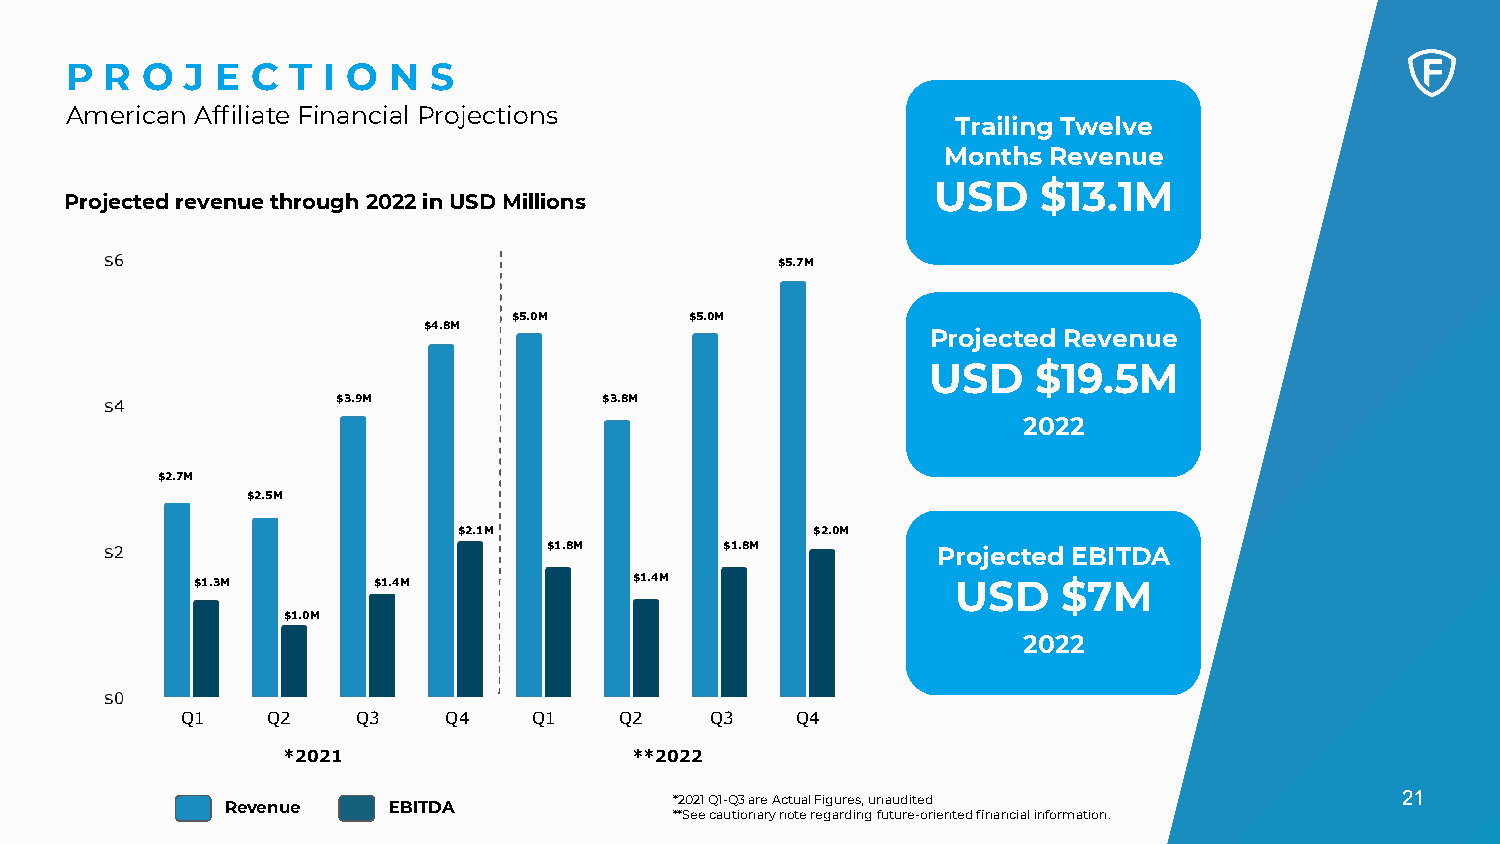
P  R O  J E  C T I O  N S
 American Affiliate Financial Projections
 Trailing Twelve
 Months  Revenue
 USD    $13.1M
 Projected revenue through 2022 in USD Millions
 $5.7M
 $5.0M       $5.0M
 $4.8M
 Projected Revenue
 USD    $19.5M
 $3.9M             $3.8M
 2022
 $2.7M
 $2.5M
 $2.1M                   $2.0M
 $1.8M       $1.8M         Projected EBITDA
 $1.3M       $1.4M            $1.4M                USD    $7M
 $1.0M
 2022
 Q1    Q2    Q3   Q4    Q1    Q2    Q3    Q4
 *2021                  **2022
 21
 Revenue    EBITDA             *2021 Q1-Q3 are Actual Figures, unaudited
 **See cautionary note regarding future-oriented financial information.